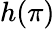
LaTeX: h(\pi)